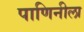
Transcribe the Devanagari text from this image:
पाणिनीला